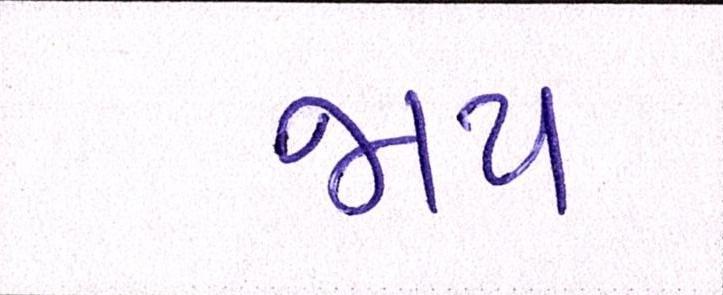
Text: જાપ